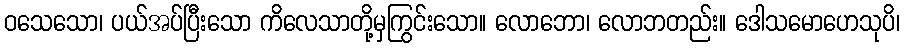
ဝသေသော၊ ပယ်အပ်ပြီးသော ကိလေသာတို့မှကြွင်းသော။ လောဘော၊ လောဘတည်း။ ဒေါသမောဟေသုပိ၊